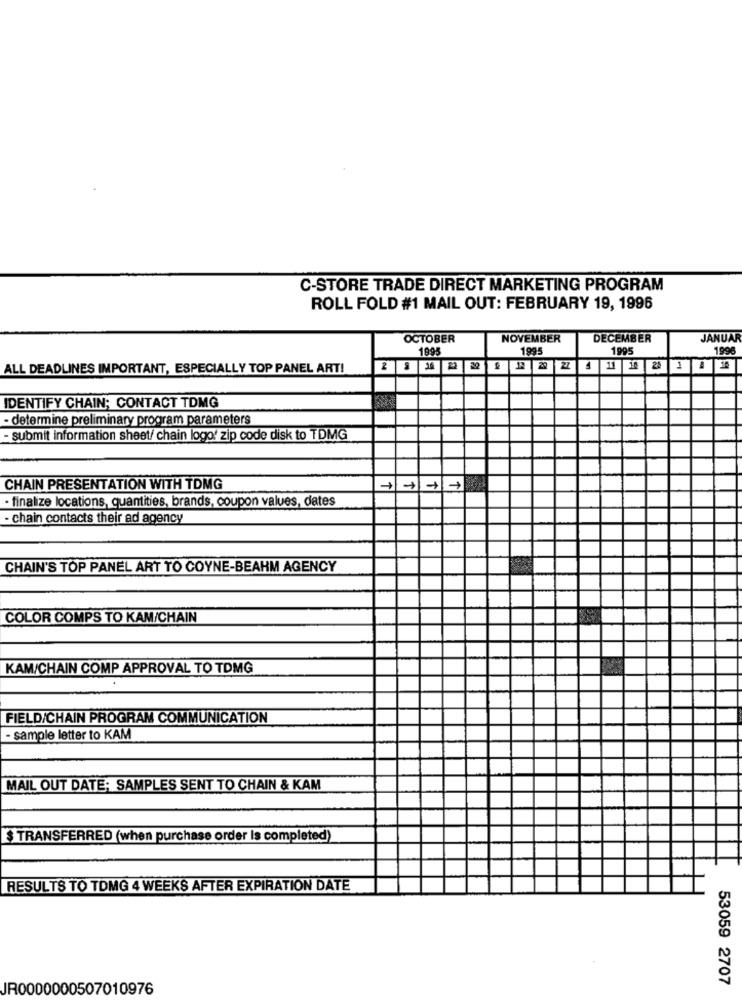
C-STORE TRADE DIRECT MARKETING PROGRAM
ROLL FOLD #1 MAIL OUT: FEBRUARY 19, 1996
OCTOBER
NOVEMBER
DECEMBER
JANUAR
1995
1995
199
1996
ALL DEADLINES IMPORTANT, ESPECIALLY TOP PANEL ART!
IDENTIFY CHAIN; CONTACT TDMG
- determine preliminary program parameters
-submit information sheet/ chain logo! zip code disk to TDMG
CHAIN PRESENTATION WITH TDMG
- finalize locations, quantities, brands, coupon values, dates
- chain contacts their ad agency
CHAIN'S TOP PANEL ART TO COYNE-BEAHM AGENCY
COLOR COMPS TO KAM/CHAIN
KAM/CHAIN COMP APPROVAL TO TDMG
FIELD/CHAIN PROGRAM COMMUNICATION
- sample letter to KAM
MAIL OUT DATE; SAMPLES SENT TO CHAIN & KAM
$ TRANSFERRED (when purchase order Is completed)
RESULTS TO TOMG 4 WEEKS AFTER EXPIRATION DATE
53059 2707
JR0000000507010976